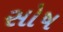
સોષ